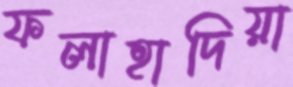
ফলাহাদিয়া